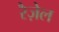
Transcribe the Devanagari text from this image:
रैज़ेल